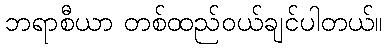
ဘရာစီယာ တစ်ထည်ဝယ်ချင်ပါတယ်။